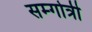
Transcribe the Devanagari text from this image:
सम्गोत्री